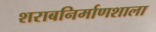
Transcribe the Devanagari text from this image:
शराबनिर्माणशाला